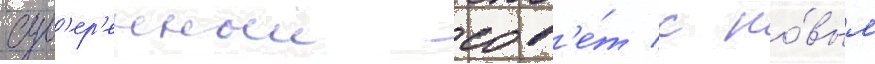
сув'ер'енныи сов'е́т с но́вым